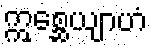
ဣစ္ဆေယျာဟံ